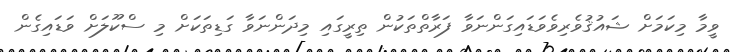
ވީމާ މިކަމަށް ޝައުޤުވެރިވެވަޑައިގަންނަވާ ފަރާތްތަކުން ތިރީގައި މިދަންނަވާ ގަޑިތަކަށް މި ސްކޫލަށް ވަޑައިގެން